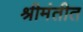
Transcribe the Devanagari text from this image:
श्रीमंतीत